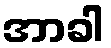
အာခါ